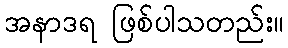
အနာဒရ ဖြစ်ပါသတည်း။